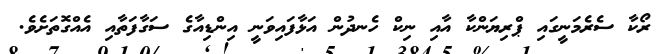
ރޯކާ ސެރެމަނީގައި ޕްރިޔަންކާ އާއި ނިކް ހެނދުން އަޅާފައިވަނީ އިންޑިއާގެ ސަގާފަތާއި އެއްގޮތަށެވެ.